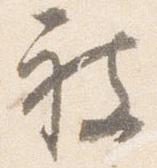
被